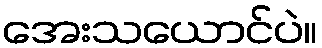
အေးသယောင်ပဲ။